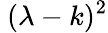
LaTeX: \ (\lambda-k)^{2}